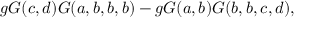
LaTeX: g { \cal G } ( c , d ) { \cal G } ( a , b , b , b ) - g { \cal G } ( a , b ) { \cal G } ( b , b , c , d ) ,